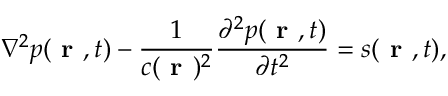
\nabla ^ { 2 } p ( \textbf { r } , t ) - \frac { 1 } { c ( \textbf { r } ) ^ { 2 } } \frac { \partial ^ { 2 } p ( \textbf { r } , t ) } { \partial t ^ { 2 } } = s ( \textbf { r } , t ) ,